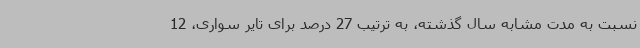
نسبت به مدت مشابه سال گذشته، به ترتیب 27 درصد برای تایر سواری، 12